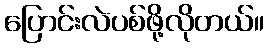
ပြောင်းလဲပစ်ဖို့လိုတယ်။